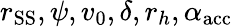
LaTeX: r_{\mathrm{SS}},\psi,v_{0},\delta,r_{h},\alpha_{\mathrm{acc}}